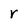
Character: r